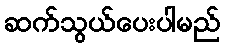
ဆက်သွယ်ပေးပါမည်